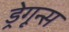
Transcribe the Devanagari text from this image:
ड्रेगून्स